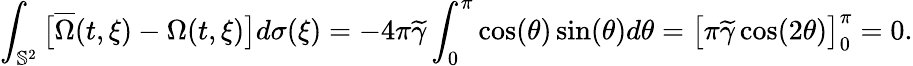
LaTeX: \int_{\mathbb{S}^{2}}\big[\overline{{\Omega}}(t,\xi)-\Omega(t,\xi)\big]d\sigma(\xi)=-4\pi\widetilde{\gamma}\int_{0}^{\pi}\cos(\theta)\sin(\theta)d\theta=\big[\pi\widetilde{\gamma}\cos(2\theta)\big]_{0}^{\pi}=0.